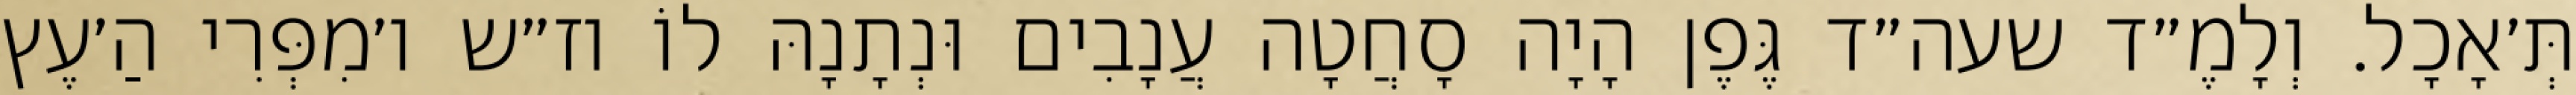
תְּ׳אָכָל. וְלָמֶ״ד שעה״ד גֶּפֶן הָיָה סָחֲטָה עֲנָבִים וּנְתָנָהּ לוֹ וז״ש ו׳מִפְּרִי הַ׳עֶץ